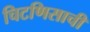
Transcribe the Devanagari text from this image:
चिटणिसाची